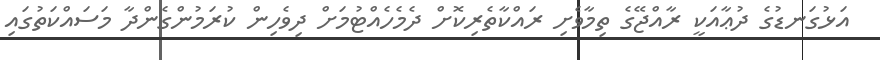
އަޅުގަނޑުގެ ދުޢާއަކީ ރާއްޖޭގެ ތިމާވެށި ރައްކާތެރިކޮށް ދެމެހެއްޓުމަށް ދިވެހިން ކުރަމުންގެންދާ މަސައްކަތުގައި